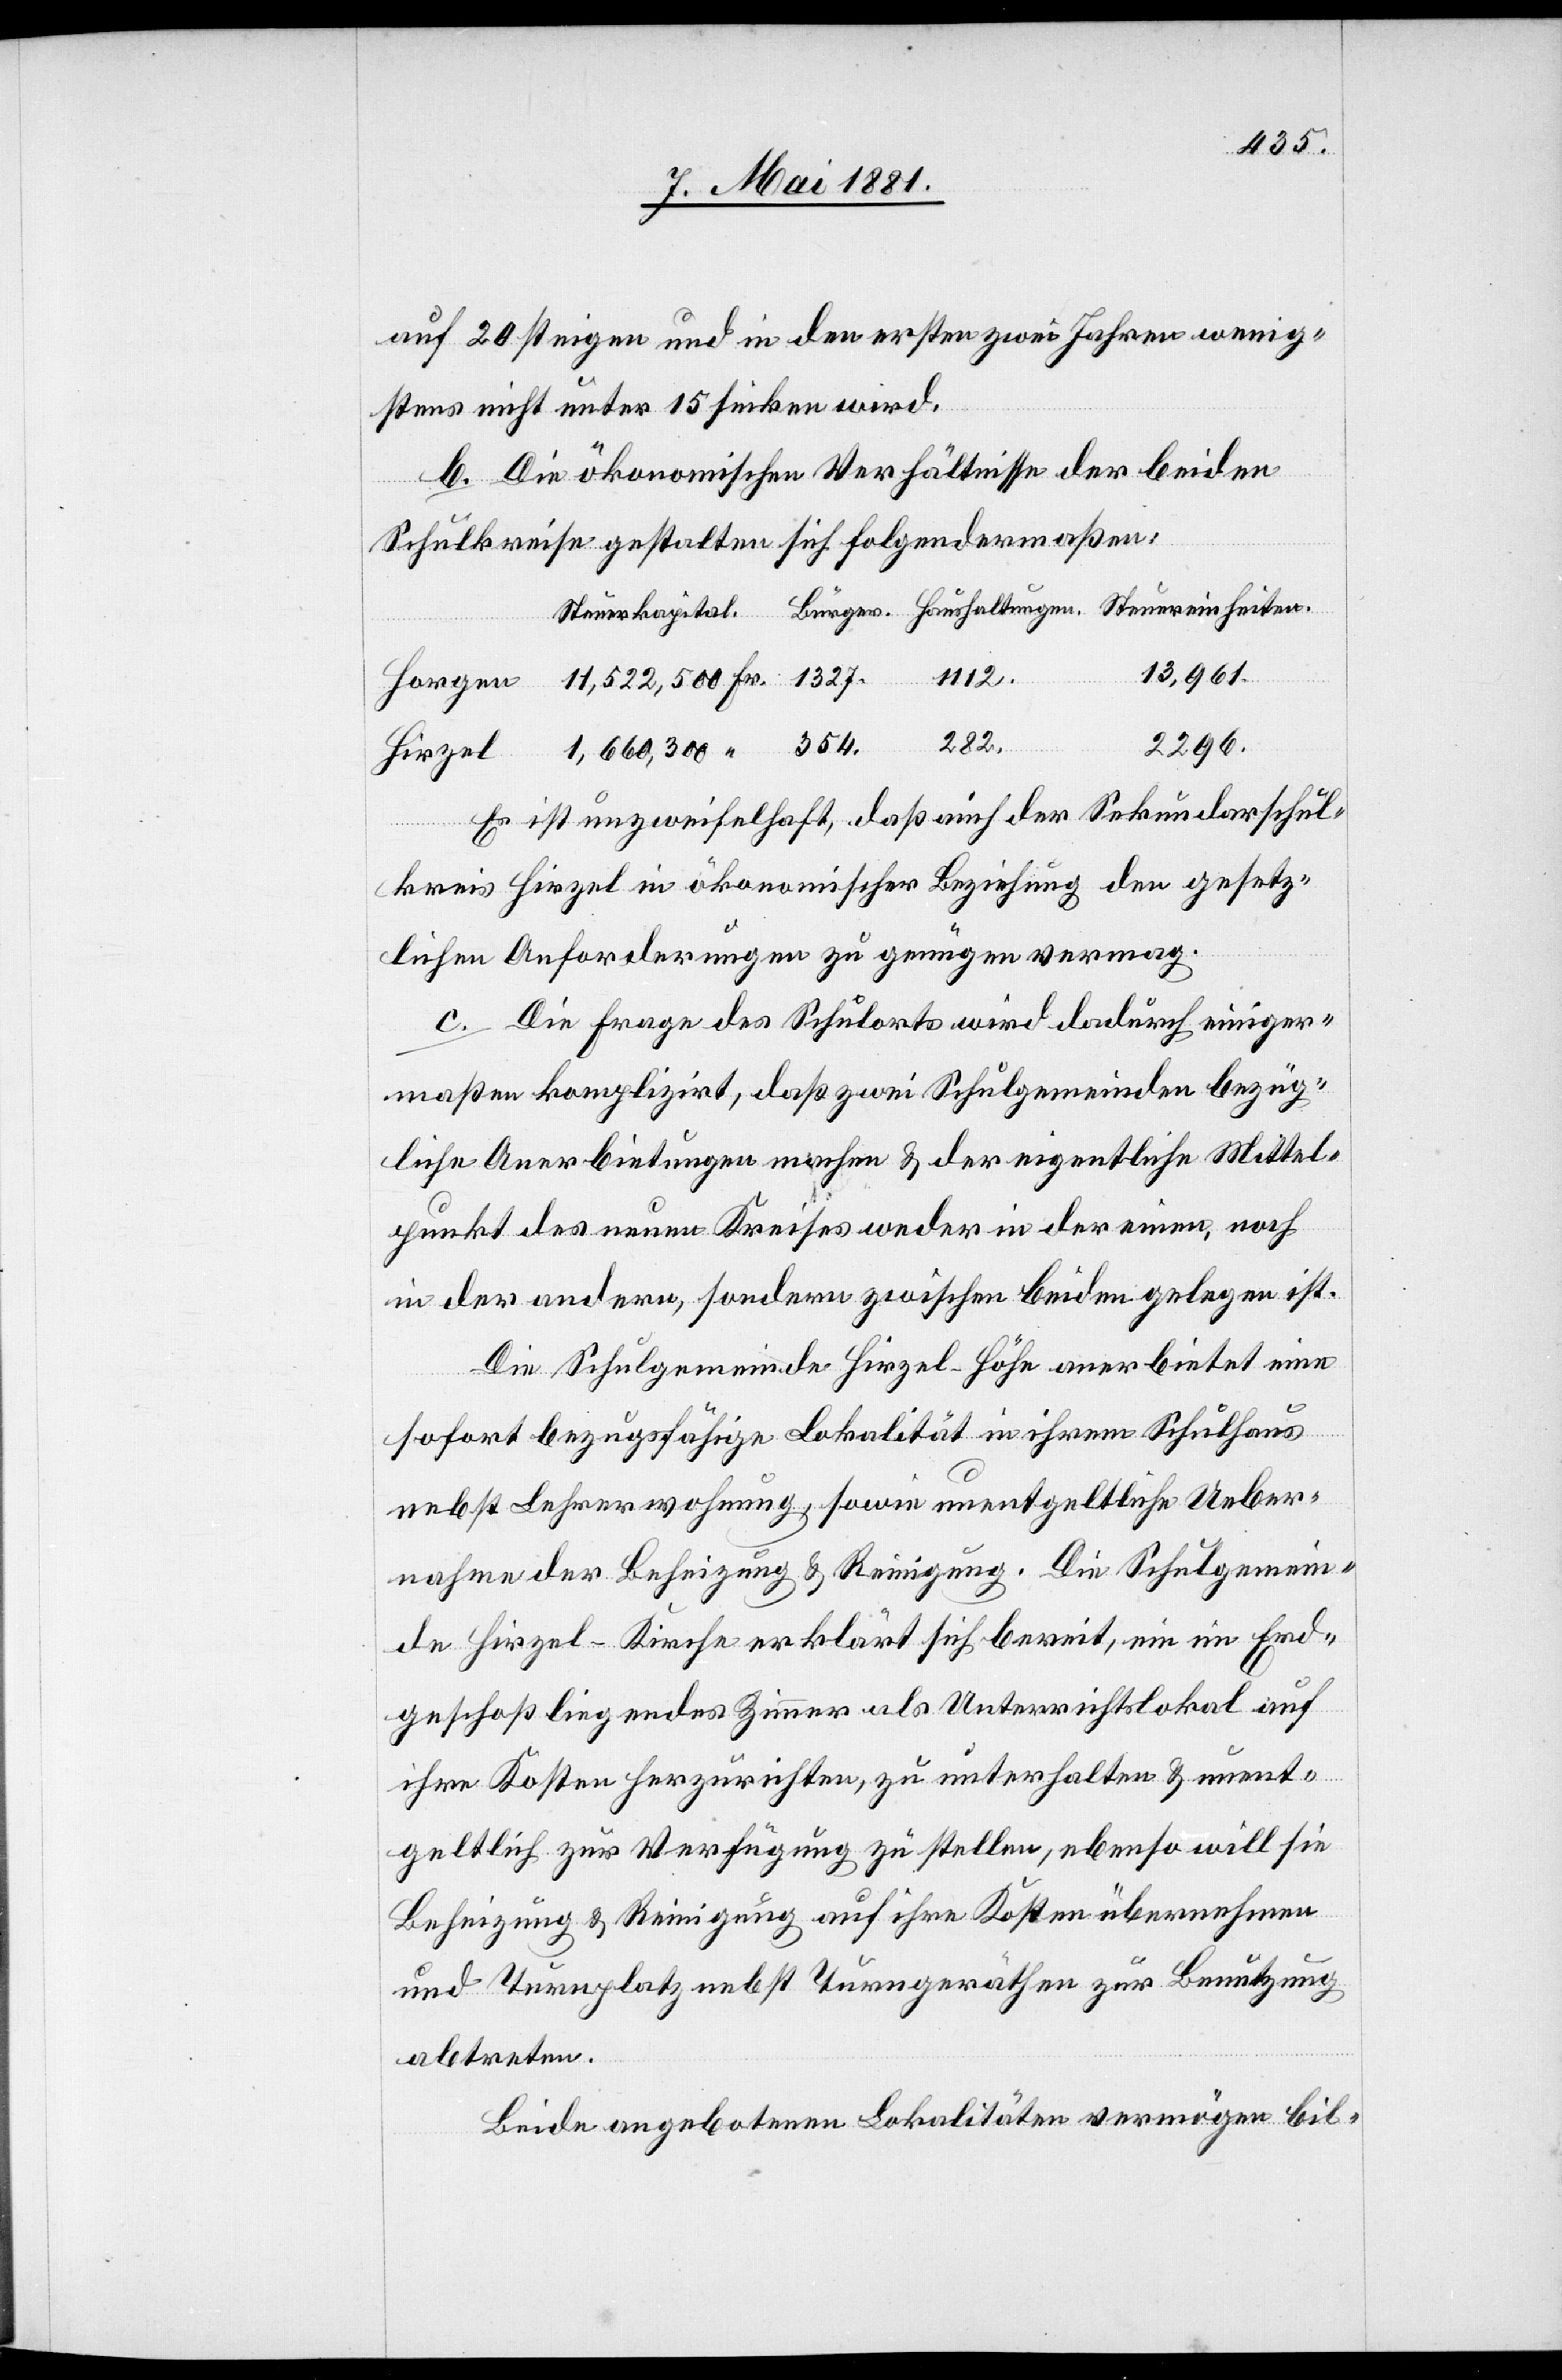
c!] 20 steigen und in den ersten zwei Jahren wenig¬
stens nicht unter 15 sinken wird.
b. Die ökonomischen Verhältnisse der beiden
Schulkreise gestalten sich folgendermaßen:
13,961.
1112.
zel
282.
2296.
Es ist unzweifelhaft, das auch der Sekundarschul¬
kreis Hirzel in ökonomischer Beziehung den gesetz¬
lichen Anforderungen zu genügen vermag.
c. Die Frage des Schulorts wird dadurch einiger¬
maßen komplizirt, daß zwei Schulgemeinden bezüg¬
liche Anerbietungen machen & der eigentliche Mittel¬
punkt des neuen Kreises weder in der einen, noch
in der andern, sondern zwischen beiden gelegen ist.
Die Schulgemeinde Hirzel-Höhe anerbietet eine
“
sofort bezugsfähige Lokalität in ihrem Schulhaus
nebst Lehrerwohnung, sowie unentgeltliche Ueber¬
nahme der Beheizung & Reinigung. Die Schulgemein¬
de Hirzel-Kirche erklärt sich bereit, ein im Erd¬
geschoß liegendes Zimmer als Unterrichtslokal auf
ihre Kosten herzurichten, zu unterhalten & unent¬
geltlich zur Verfügung zu stellen, ebenso will sie
Beheizung & Reinigung auf ihre Kosten übernehmen
und Turnplatz nebst Turngeräthen zur Benutzung
abtreten.
Beide angebotenen Lokalitäten vermögen bil-